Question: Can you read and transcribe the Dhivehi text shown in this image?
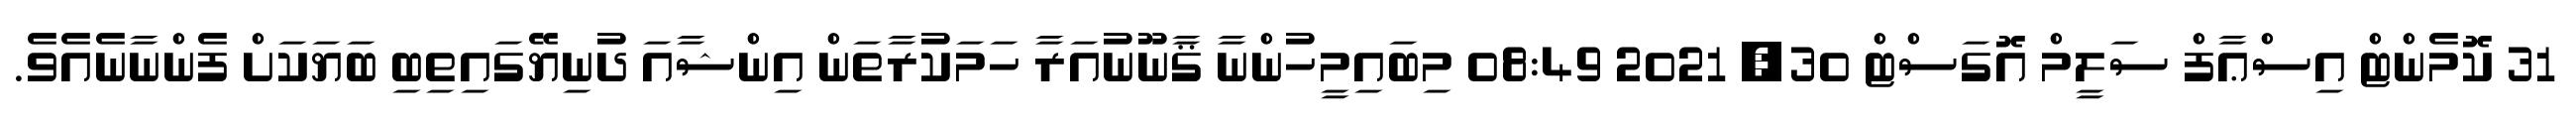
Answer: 31 ކޮމެންޓް އިސްޢާފް ސަލީމް އޮގަސްޓް 30, 2021 08:49 މިބައިމީހުންނާ ޤާނޫނުއަރާ ހަމަކުރާތަން އިންޝާއަ ދުނިޔޭގައިތިބި ބަޔަކަށް ފެންނާނެއެވެ.